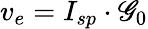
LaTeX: v_{e}=I_{sp}\cdot\mathscr{G}_{0}